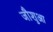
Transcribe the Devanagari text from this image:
जौशुआ